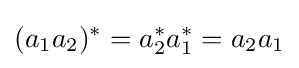
(a_{1}a_{2})^{*}=a_{2}^{*}a_{1}^{*}=a_{2}a_{1}